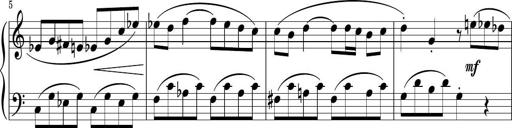
Title: Sonatina PandemÃ³nium
Composer: VÃ­ctor Carbajo
Key: C major